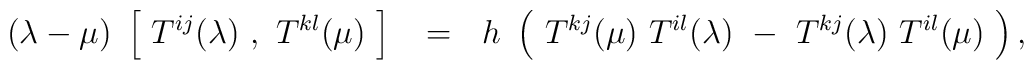
(\lambda - \mu )~ \left [~ T^{ij}(\lambda)~,~ T^{kl}(\mu)~\right ]~~=~~h{}~\left (~ T^{kj}(\mu )~T^{il}(\lambda )~ -~T^{kj}(\lambda )~T^{il}(\mu )~ \right ),